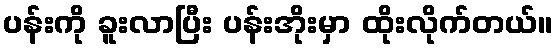
ပန်းကို ခူးလာပြီး ပန်းအိုးမှာ ထိုးလိုက်တယ်။